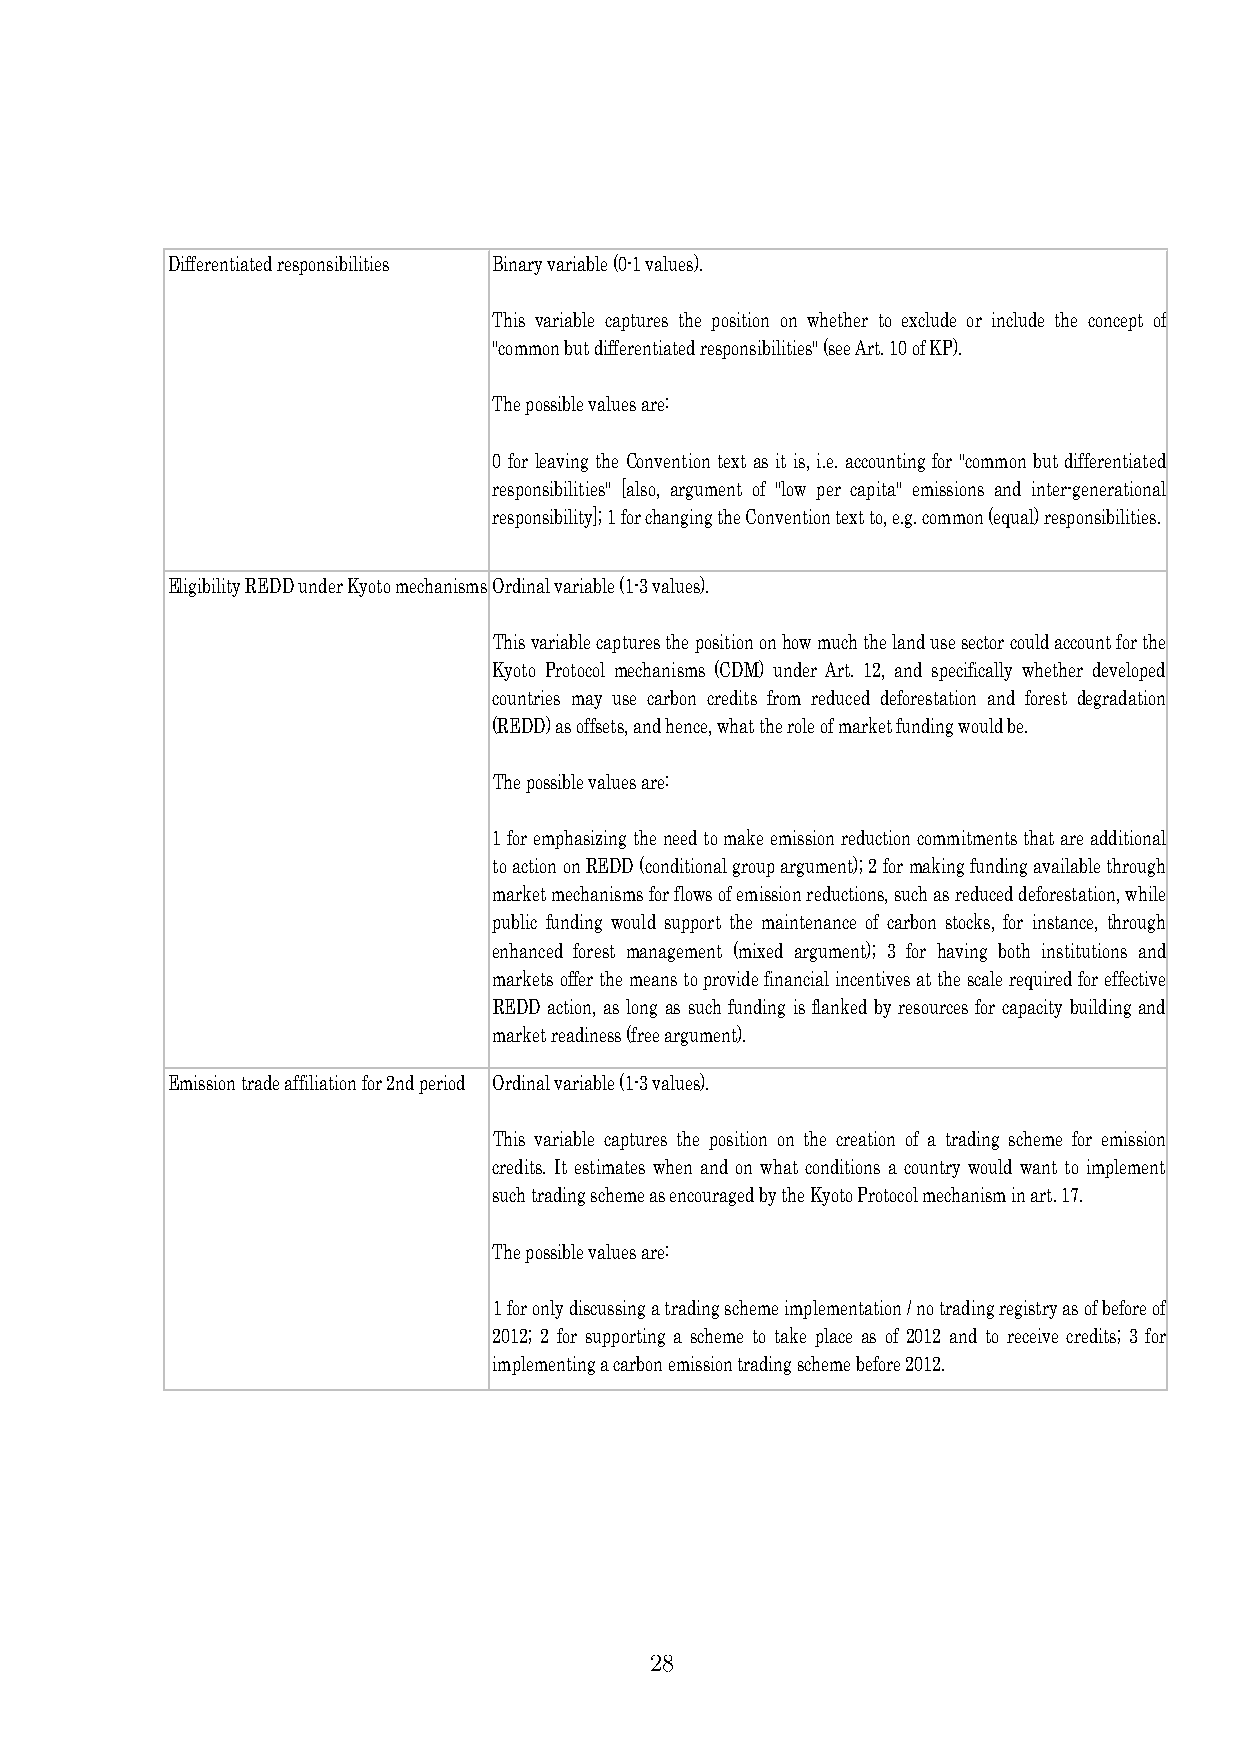
Differentiated responsibilities Binary variable (0-1 values).
 This variable captures the position on whether to exclude or include the concept of
 "common but differentiated responsibilities" (see Art. 10 of KP).
 The possible values are:
 0 for leaving the Convention text as it is, i.e. accounting for "common but differentiated
 responsibilities" [also, argument of "low per capita" emissions and inter-generational
 responsibility]; 1 for changing the Convention text to, e.g. common (equal) responsibilities.
 Eligibility REDD under Kyoto mechanismsOrdinal variable (1-3 values).
 Thisvariablecapturesthepositiononhowmuchthelandusesectorcouldaccountforthe
 Kyoto Protocol mechanisms (CDM) under Art. 12, and specifically whether developed
 countries may use carbon credits from reduced deforestation and forest degradation
 (REDD) as offsets, and hence, what the role of market funding would be.
 The possible values are:
 1foremphasizingtheneedtomakeemissionreductioncommitmentsthatareadditional
 toactiononREDD(conditionalgroupargument);2formakingfundingavailablethrough
 marketmechanismsforflowsofemissionreductions,suchasreduceddeforestation,while
 public funding would support the maintenance of carbon stocks, for instance, through
 enhanced forest management (mixed argument); 3 for having both institutions and
 marketsofferthemeanstoprovidefinancialincentivesatthescalerequiredforeffective
 REDD action, as long as such funding is flanked by resources for capacity building and
 market readiness (free argument).
 Emission trade affiliation for 2nd period Ordinal variable (1-3 values).
 This variable captures the position on the creation of a trading scheme for emission
 credits. It estimates when and on what conditions a country would want to implement
 such trading scheme as encouraged by the Kyoto Protocol mechanism in art. 17.
 The possible values are:
 1foronlydiscussingatradingschemeimplementation/notradingregistryasofbeforeof
 2012; 2 for supporting a scheme to take place as of 2012 and to receive credits; 3 for
 implementing a carbon emission trading scheme before 2012.
 28